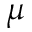
\mu